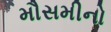
મૌસમીનો